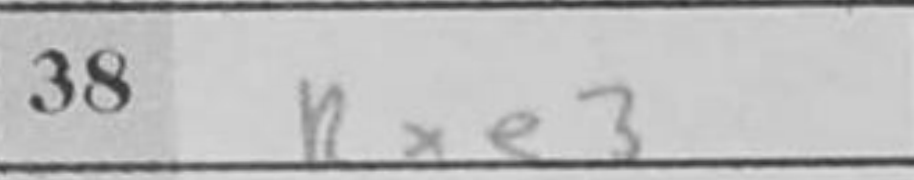
Transcription: Rxe3